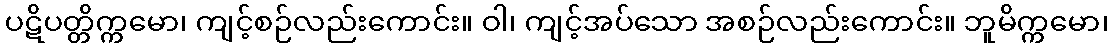
ပဋိပတ္တိက္ကမော၊ ကျင့်စဉ်လည်းကောင်း။ ဝါ၊ ကျင့်အပ်သော အစဉ်လည်းကောင်း။ ဘူမိက္ကမော၊